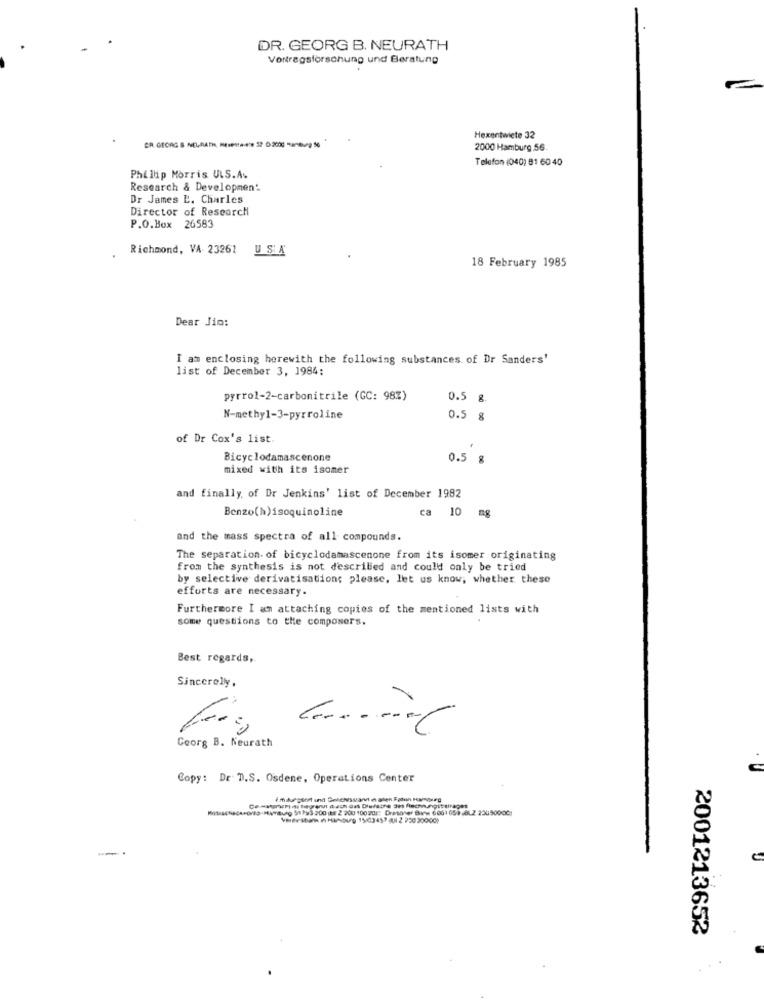
DR. GEORG B. NEURATH
Vortragsforschung und Beratung
Hexentwiete 32
CR. GEORG S NEGRATH, MESPRAW= 22 0.200g -untop 56
2000 Hamburg 56
Telefon (040) 81 60 40
Phillip Morris ULS.A.
Research & Development
Dr James L. Charles
Director of Research
P.O.Box 26583
Richmond, VA 23261
USA
18 February 1985
Dear Jio:
I am enclosing herewith the following substances of Dr Sanders'
list of December 3, 1984:
pyrrol-2-carbonitrile (GC: 98%)
0.5 g.
N-methyl-3-pyrroline
0.5 g
of Dr Cox's list.
Bicyclodamascenone
0.5 g
mixed with its isomer
and finally, of Dr Jenkins' list of December 1982
Benzo(h)isoquinoline
ca 10
and the mass spectra of all compounds.
The separation. of bicyclodamascenone from its isomer originating
from the synthesis is not described and could only be tried
by selective derivatisation; please, let us know, whether these
efforts are necessary.
Furthermore I am attaching copies of the mentioned lists with
some questions to the composers.
Best regards,
Sincerely,
Ceorg B. Neurath
Copy: Dr D.S. Osdene, Operations Center
Machac4-03-4Bu0 51793-200 8 2 200 100201: Drese BV 606105)JBL2 23690000
-
2001213652